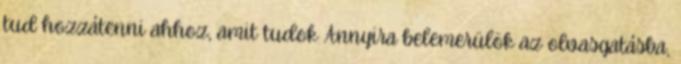
tud hozzátenni ahhoz, amit tudok Annyira belemerülök az olvasgatásba,